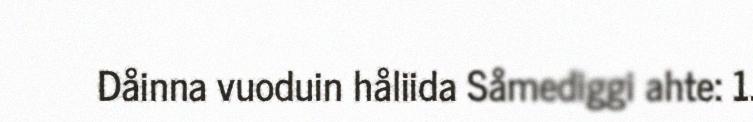
Dåinna vuoduin håliida Såmediggi ahte: 1.